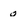
Character: O